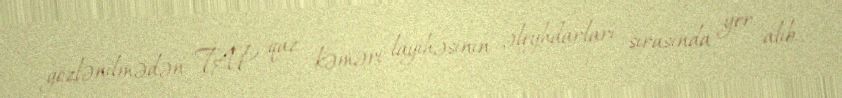
gözlənilmədən TAP qaz kəməri layihəsinin əleyhdarları sırasında yer alıb.